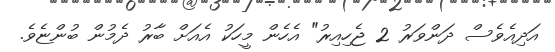
އަދިއެވެސް ދަންވަރު 2 ޖެހިއިރު" އެހެން މީހަކު އެއަށް ބާރު ދެމުން ބުންޏެވެ.